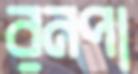
রনপা